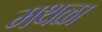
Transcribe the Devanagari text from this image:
मथळा